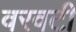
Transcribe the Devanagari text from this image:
वरवटी